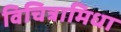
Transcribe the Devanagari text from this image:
विचित्रामिधा